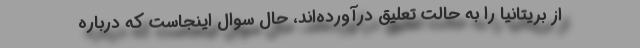
از بریتانیا را به حالت تعلیق درآورده‌اند، حال سوال اینجاست که درباره